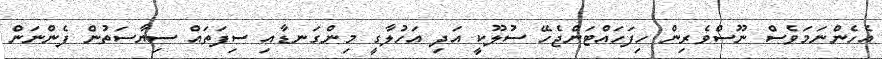
އެހެންނަމަވެސް ނޫސްވެރިން ހިފަހައްޓަންޖެހޭ ސުލޫކީ އަދި އަހުލާގީ މިންގަނޑާއި ސިފަތައް ސިޔާސަތުން ފެންނަން